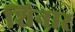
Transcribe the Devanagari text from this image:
शिनार